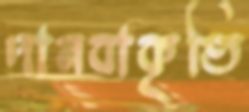
দানবাকৃতি